Cholera in southern India
Disease focus: Cholera
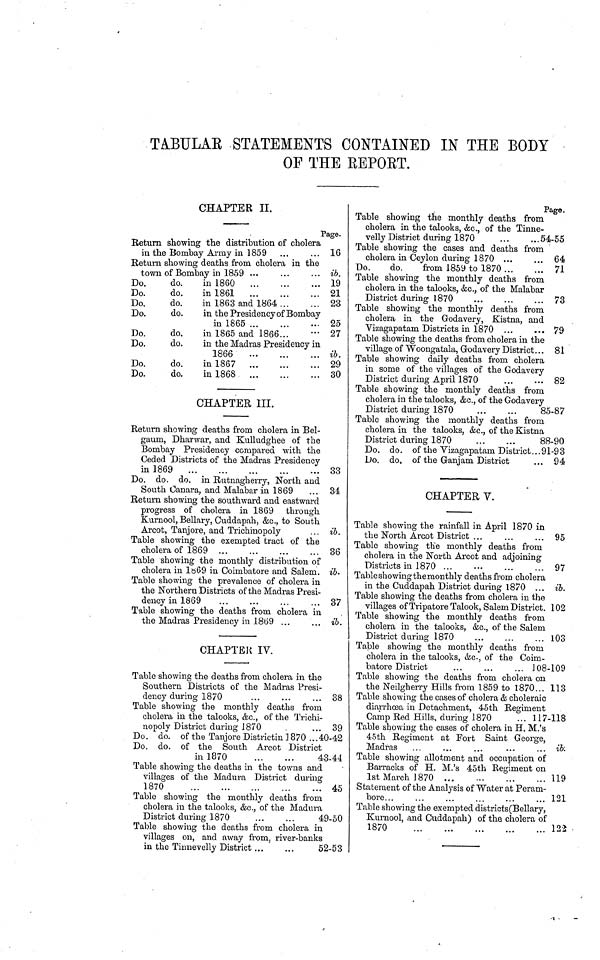
TABULAE STATEMENTS CONTAINED IN THE BODY
OF THE REPOET.
CHAPTER II.
Page.
Return showing the distribution of cholera
in the Bombay Army in 1859 ...
... 16
Return showing deaths from cholera in the
town of Bombay in 1859 ...
...
... ib.
Do.
do.
in 1860
19
Do.
do.
in 1861
21
Do.
do.
in 1863 and 1864
23
Do.
do.
in the Presidency of Bombay
in 1865
... 25
Do.
do.
in 1865 and 1866...
— 27
Do.
do.
in the Madras Presidency in
1866
ib.
Do.
do.
in 1867
29
Do.
do.
in 1868
...
30
CHAPTER III.
Return showing deaths from cholera in Bel-
gaum, Dharwar, and Kulludghee of the
Bombay Presidency compared with the
Ceded Districts of the Madras Presidency
in 1869
33
Do. do. do. in Rutnagherry, North and
South Canara, and Malabar in 1869
... 34
Return showing the southward and eastward
progress of cholera in 1869 through
Kurnool, Bellary, Cuddapah, &c., to South
Arcot, Tanjore, and Trichinopoly
... ib.
Table showing the exempted tract of the
cholera of 1869
36
Table showing the monthly distribution of
cholera in 1869 in Coimbatore and Salem. ib.
Table showing the prevalence of cholera in
the Northeru Districts of the Madras Presi-
dency in 1869
37
Table showing the deaths from cholera in
the Madras Presidency in 1869 ...
... ib.
CHAPTER IV.
Table showing the deaths from cholera in the
Southern Districts of the Madras Presi-
dency during 1870
38
Table showing the monthly deaths from
cholera in the talooks, &c., of the Trichi-
nopoly District during 1870
... 39
Do. do. of the Tanjore Districtin 1870 ... 40-42
Do. do. of the South Arcot District
in 1870
...
...
43-44
Table showing the deaths in the towns and
villages of the Madura District during
1870
45
Table showing the monthly deaths from
cholera in the talooks, &c., of the Madura
District during 1870
49-50
Table showing the deaths from cholera in
villages on, and away from, river-banks
in the Tinnevelly District
52-53
Page.
Table showing the monthly deaths from
cholera in the talooks, &c., of the Tinne-
velly District during 1870
54-55
Table showing the cases and deaths from
cholera in Ceylon during 1870 ...
... 64
Do.
do.
from 1859 to 1870
71
Table showing the monthly deaths from
cholera in the talooks, &c., of the Malabar
District during 1870
73
Table showing the monthly deaths from
cholera in the Godavery, Kistna, and
Vizagapatam Districts in 1870
79
Table showing the deaths from cholera in the
village of Woongatala, Godavery District ... 81
Table showing daily deaths from cholera
in some of the villages of the Godavery
District during April 1870
82
Table showing the monthly deaths from
cholera in the talooks, &c., of the Godavery
District during 1870
85-87
Table showing the monthly deaths from
cholera in the talooks, &c., of the Kistna
District during 1870
88-90
Do. do. of the Vizagapatam District ... 91 -93
Do. do, of the Ganjam District
... 94
CHAPTER V.
Table showing the rainfall in April 1870 in
the North Arcot District ...
...
... 95
Table showing the monthly deaths from
cholera in the North Arcot and adjoining
Districts in 1870 ...
97
Table showing the monthly deaths from cholera
in the Cuddapah District during 1870 ... ib.
Table showing the deaths from cholera in the
villages of Tripatore Talook, Salem District. 102
Table showing the monthly deaths from
cholera in the talooks, &c., of the Salem
District during 1870
103
Table showing the monthly deaths from
cholera in the talooks, &c., of the Coim-
batore District
...
...
...
108-109
Table showing the deaths from cholera on
the Neilgherry Hills from 1859 to 1870... 113
Table showing the cases of cholera & choleraic
diarrhoea in Detachment, 45th Regiment
Camp Red Hills, during 1870
... 117-118
Table showing the cases of cholera in H. M.'s
45th Regiment at Fort Saint George,
Madras ...
...
...
...
... ib.
Table showing allotment and occupation of
Barracks of H. M.'s 45th Regiment on
1st March 1870
119
Statement of the Analysis of Water at Peram-
bore
...
121
Table showing the exempted districts(Bellary,
Kurnool, and Cuddapah) of the cholera of
1870
122